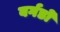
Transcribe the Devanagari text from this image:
बर्गडों